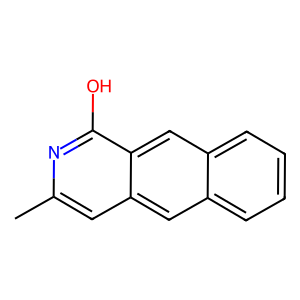
SMILES: Cc1cc2cc3ccccc3cc2c(O)n1
Inhibits HIV replication: No